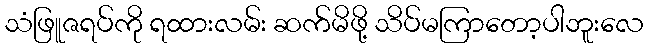
သံဖြူဇရပ်ကို ရထားလမ်း ဆက်မိဖို့ သိပ်မကြာတော့ပါဘူးလေ